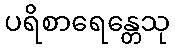
ပရိစာရေန္တေသု